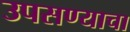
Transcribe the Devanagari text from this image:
उपसण्याचा